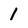
Character: 1